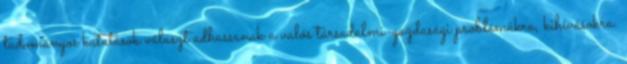
tudományos kutatások választ adhassanak a valós társadalmi-gazdasági problémákra, kihívásokra.